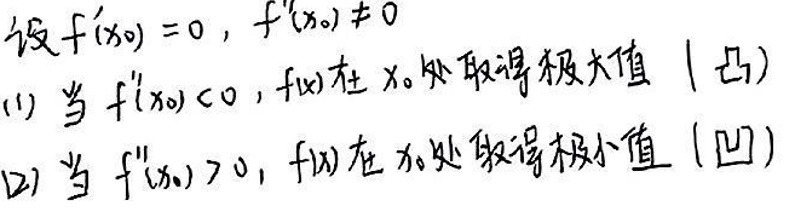
设\(f'(x_0)=0\)，\(f''(x_0)\neq0\)

(1) 当\(f''(x_0)<0\)，\(f(x)\)在\(x_0\)处取得极大值（凸）

(2) 当\(f''(x_0)>0\)，\(f(x)\)在\(x_0\)处取得极小值（凹）